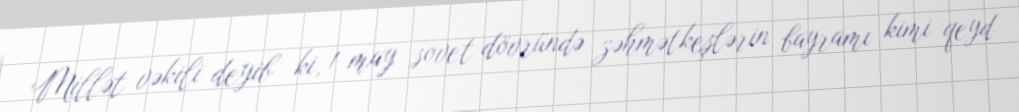
Millət vəkili deyib ki, 1 may sovet dövründə zəhmətkeşlərin bayramı kimi qeyd